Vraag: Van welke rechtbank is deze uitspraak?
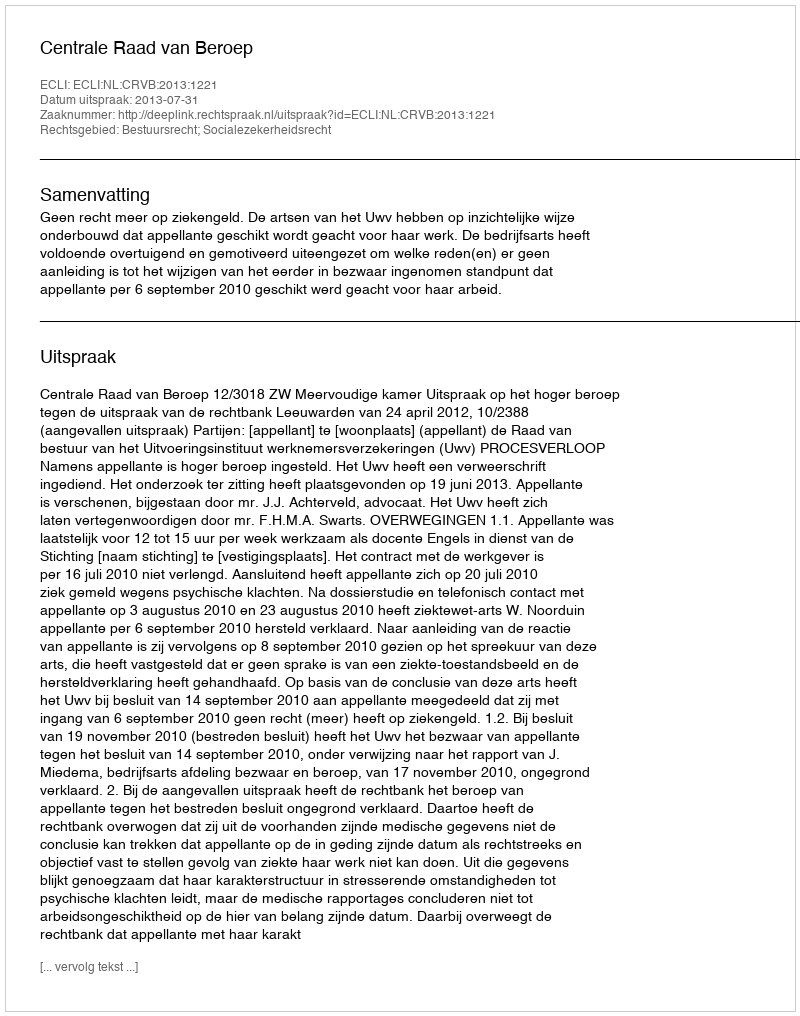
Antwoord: Centrale Raad van Beroep